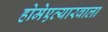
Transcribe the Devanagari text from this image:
होमेएव्‍यारवाला